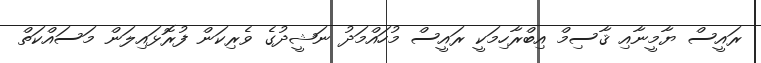
ރައީސް ޔާމީނާއި ޤާސިމް އިބްރާހިމަކީ ރައީސް މުހައްމަދު ނަޝީދުގެ ވެރިކަން ފުރޮޅައިލަން މަސައްކަތް